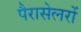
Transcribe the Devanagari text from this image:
पैरासेलरों